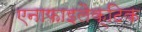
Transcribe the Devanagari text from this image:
एनाफाइलैक्टिक